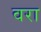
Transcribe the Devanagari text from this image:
वरा